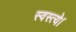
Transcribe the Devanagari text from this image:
स्वस्त्ये।